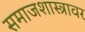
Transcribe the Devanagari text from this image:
समाजशास्त्रावर